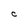
Character: C